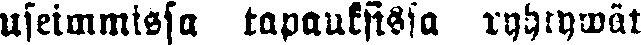
useimmissa tapauksissa ryhtywät